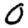
Digit: 0